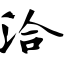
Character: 洽